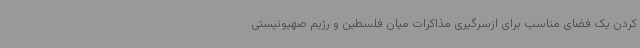
کردن یک فضای مناسب برای ازسرگیری مذاکرات میان فلسطین و رژیم صهیونیستی